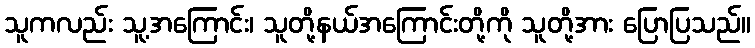
သူကလည်း သူ့အကြောင်း၊ သူတို့နယ်အကြောင်းတို့ကို သူတို့အား ပြောပြသည်။